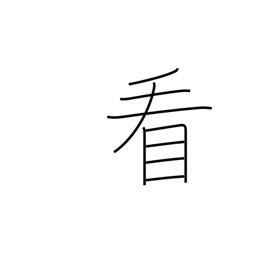
Meaning: watch over